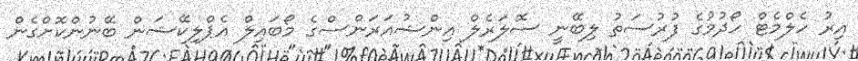
އިރު ހެލްމެޓް ހޯދުމުގެ ފުރުސަތު ލިބޭނީ ސޮލަރެލް އިންޝުއަރަންސްގެ މޯބައިލް އެޕްލިކޭޝަން ބޭނުންކޮށްގެން